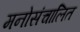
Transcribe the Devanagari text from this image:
मनोसंचालित